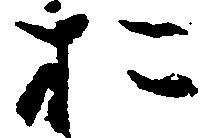
お